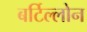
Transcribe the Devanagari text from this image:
बर्टिल्लोन